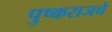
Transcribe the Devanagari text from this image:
पुष्कराजचे